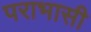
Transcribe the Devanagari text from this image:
पराभासी